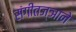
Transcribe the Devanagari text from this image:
संगीतज्ञाने